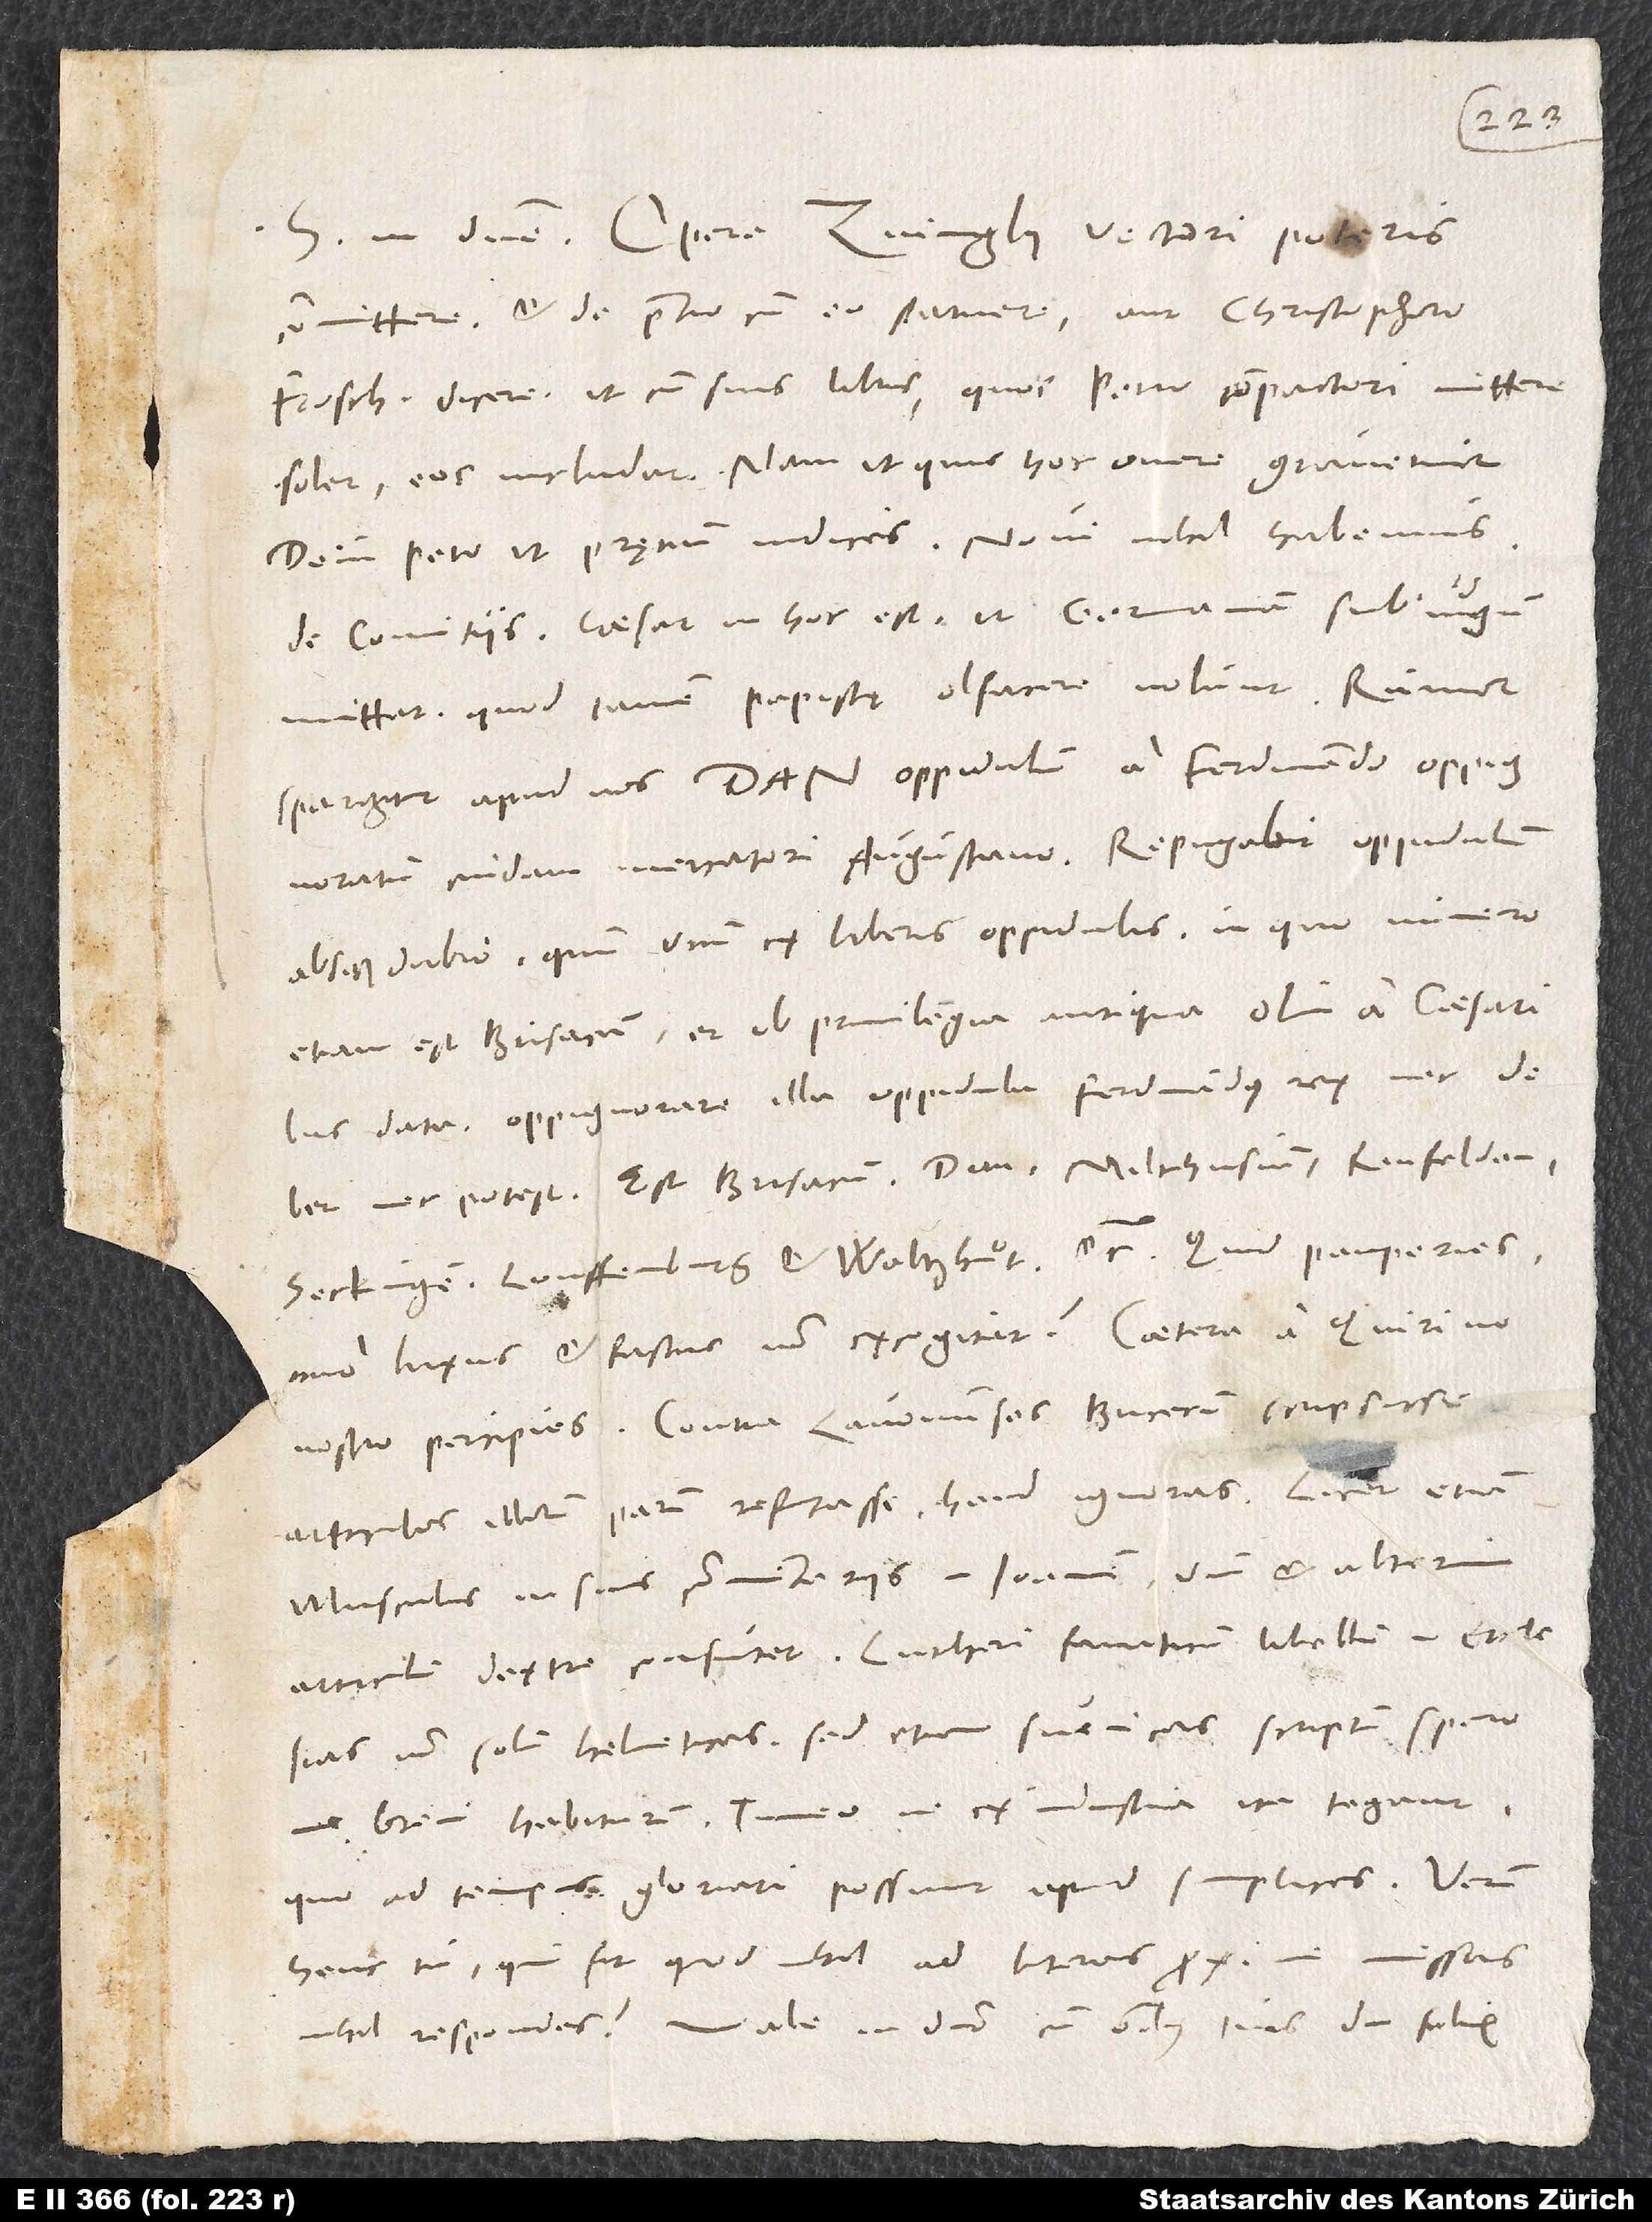
committere et de pretio cum eo statuere aut Christophoro
Froschouero dicere, ut cum suis libris, quos Petro compactori mittere
solet, eos includat, nam, ut quis hoc onere gravetur.
de comitiis. Caesar in hoc est, ut Germaniam sub iugum
mittat, quod tamen papistę olfacere nolunt.
spargitur apud nos Dan oppidulum a Ferdinando oppignoratum
cuidam mercatori Augustano. Repugnabit oppidulum
absque dubio, quum unum ex liberis oppidulis, in quo numero
etiam est Brisacum, et ob privilegia antiqua olim a caesaribus
data. Oppignorare illa oppidula Ferdinandus rex nec debet
nec potest. Est Brisacum, Dan, Milthusium, Rinfelden,
Seckingen, Louffenburg et Waltzhuͦt, etc. Quid pauperies,
imo luxus et fastus non excogitat! Caetera a Quirino
articulos illorum parum refutasse haud ignoras, licet etiam
Musculus in suis commentariis in Ioannem unum et alterum
non solum Helveticas, sed etiam Suevicas scriptum spero
me brevi habiturum. Timeo, ne ex industria ita tegant,
quo ad tempus gloriari possint apud simplices.
heus tu, qui fit, quod nihil ad literas proxime missas
respondes? Vale in domino cum omnibus tuis diu felix.